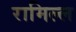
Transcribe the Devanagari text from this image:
रामिल्ल